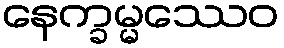
နေက္ခမ္မဿေဝ